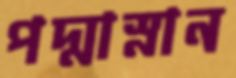
পদ্মাস্নান